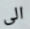
الى